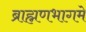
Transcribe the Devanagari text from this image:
ब्राह्मणभागमे